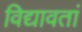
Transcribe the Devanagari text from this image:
विद्यावतां